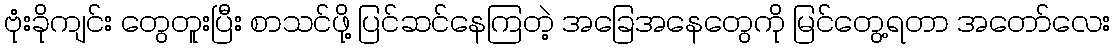
ဗုံးခိုကျင်း တွေတူးပြီး စာသင်ဖို့ ပြင်ဆင်နေကြတဲ့ အခြေအနေတွေကို မြင်တွေ့ရတာ အတော်လေး